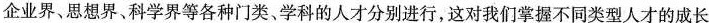
企业界、思想界、科学界等各种门类。学科的人才分别进行，这对我们掌握不同类型人才的成长